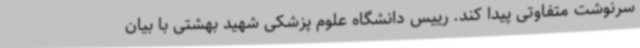
سرنوشت متفاوتی پیدا کند. رییس دانشگاه علوم پزشکی شهید بهشتی با بیان